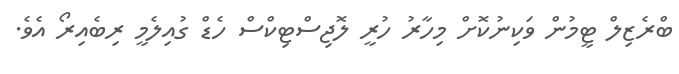
ބްރެޒިލް ޓީމުން ވަކިނުކޮށް މިހާރު ހުރީ ލޮޖިސްޓިކްސް ހެޑް ގުއިލެމީ ރިބެއިރޯ އެވެ.